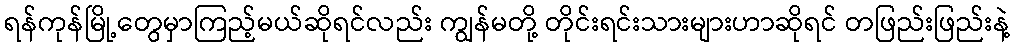
ရန်ကုန်မြို့တွေမှာကြည့်မယ်ဆိုရင်လည်း ကျွန်မတို့ တိုင်းရင်းသားများဟာဆိုရင် တဖြည်းဖြည်းနဲ့